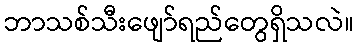
ဘာသစ်သီးဖျော်ရည်တွေရှိသလဲ။